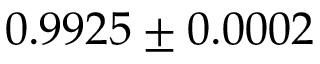
0 . 9 9 2 5 \pm 0 . 0 0 0 2